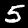
Digit: 5